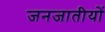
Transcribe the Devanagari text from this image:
जनजातीयों